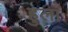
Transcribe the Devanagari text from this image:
हुला